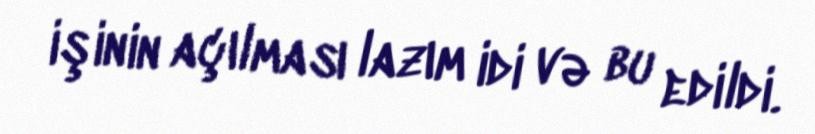
işinin açılması lazım idi və bu edildi.